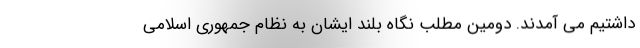
داشتیم می آمدند. دومین مطلب نگاه بلند ایشان به نظام جمهوری اسلامی